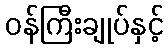
ဝန်ကြီးချုပ်နှင့်